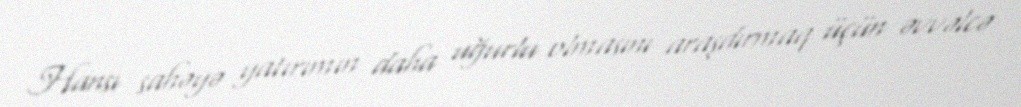
Hansı sahəyə yatırımın daha uğurlu olmasını araşdırmaq üçün əvvəlcə